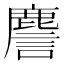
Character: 䴦